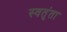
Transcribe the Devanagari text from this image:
स्वतृंता